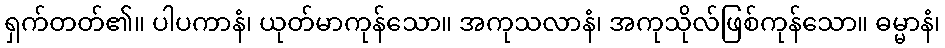
ရှက်တတ်၏။ ပါပကာနံ၊ ယုတ်မာကုန်သော။ အကုသလာနံ၊ အကုသိုလ်ဖြစ်ကုန်သော။ ဓမ္မာနံ၊